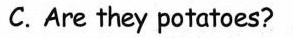
C.Are they potatoes?